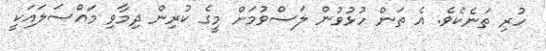
ހުރި ތަނެކެވެ. އެ ތަން ހުޅުވުން ލަސްވުމަށް މީގެ ކުރިން ދިމާވި މައްސަލައަކީ